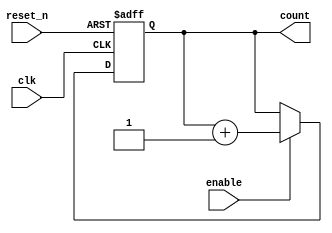
module counter_4bit (     
input clk ,
input enable,
input reset_n,
output reg[3:0]count
);

always@(posedge clk , negedge reset_n)
  begin
    if (~reset_n)
      count = 4'b0 ;
    else if(enable)
      count = count + 1 ;
    else
      count = count ;
  end

endmodule